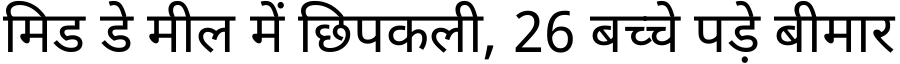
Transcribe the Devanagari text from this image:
मिड डे मील में छिपकली, 26 बच्चे पड़े बीमार